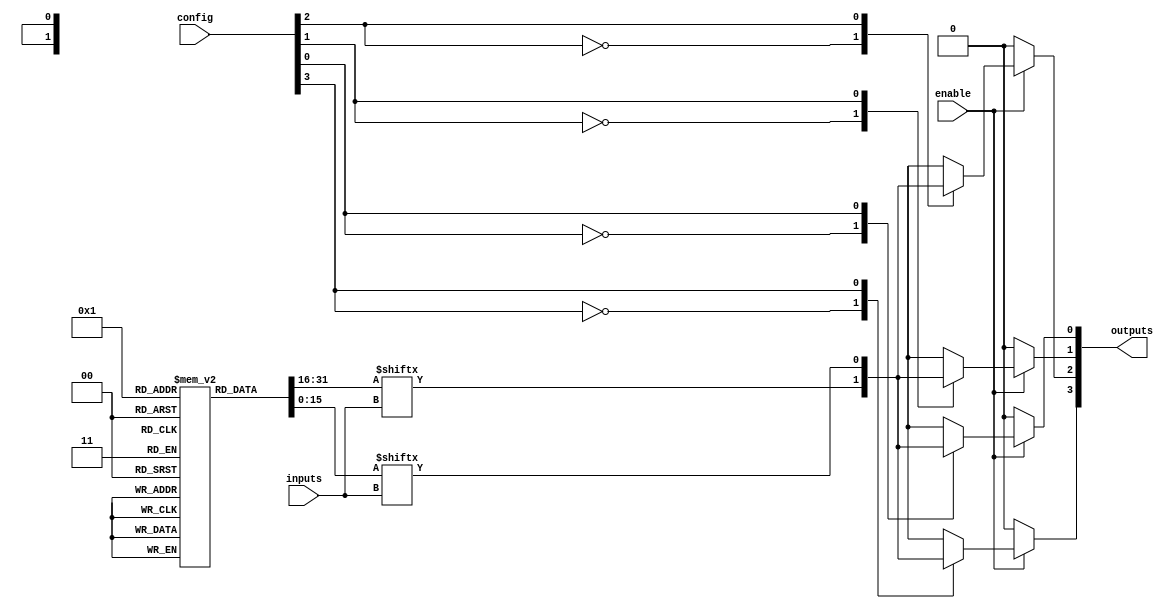
module combinational_logic_block (
    input wire [3:0] inputs,            // 4-bit input signals
    input wire [3:0] config,            // Configuration signals for LUT
    input wire enable,                   // Enable signal for output
    output reg [3:0] outputs             // 4-bit output signals
);

// Configurable Logic Element (LUT)
reg [15:0] lut [0:3];                  // LUTs for 4 logic elements (4 LUTs with 16 configurations each)
integer i;

// Configuration Memory (for LUT initialization)
initial begin
    // Example configurations for 4 LUTs
    lut[0] = 16'b0000000000000000; // LUT0: 0 (always output 0)
    lut[1] = 16'b1111111111111111; // LUT1: 1 (always output 1)
    lut[2] = 16'b1010101010101010; // LUT2: XOR function
    lut[3] = 16'b1100110011001100; // LUT3: AND function
end

// Interconnection Network and Control Logic
always @(*) begin
    if (enable) begin
        for (i = 0; i < 4; i = i + 1) begin
            case (config[i])
                4'b0000: outputs[i] = lut[0][inputs]; // Connect to LUT0
                4'b0001: outputs[i] = lut[1][inputs]; // Connect to LUT1
                4'b0010: outputs[i] = lut[2][inputs]; // Connect to LUT2
                4'b0011: outputs[i] = lut[3][inputs]; // Connect to LUT3
                default: outputs[i] = 1'b0;            // Default to 0
            endcase
        end
    end else begin
        outputs = 4'b0000; // Outputs are 0 when not enabled
    end
end

endmodule